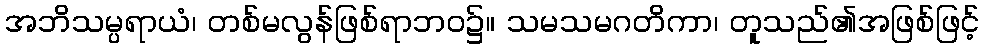
အဘိသမ္ပရာယံ၊ တစ်မလွန်ဖြစ်ရာဘဝ၌။ သမသမဂတိကာ၊ တူသည်၏အဖြစ်ဖြင့်